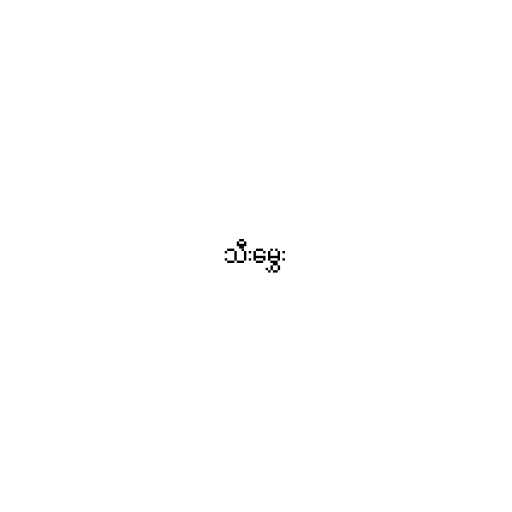
သီးမွှေး